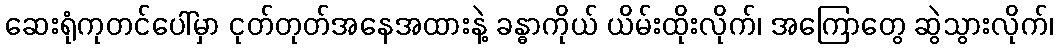
ဆေးရုံကုတင်ပေါ်မှာ ငုတ်တုတ်အနေအထားနဲ့ ခန္ဓာကိုယ် ယိမ်းထိုးလိုက်၊ အကြောတွေ ဆွဲသွားလိုက်၊